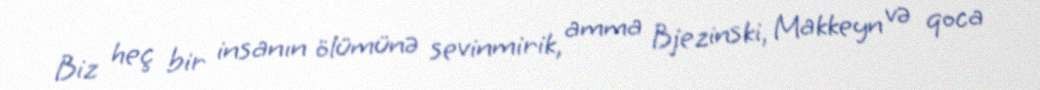
Biz heç bir insanın ölümünə sevinmirik, amma Bjezinski, Makkeyn və qoca